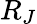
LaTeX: R_{J}